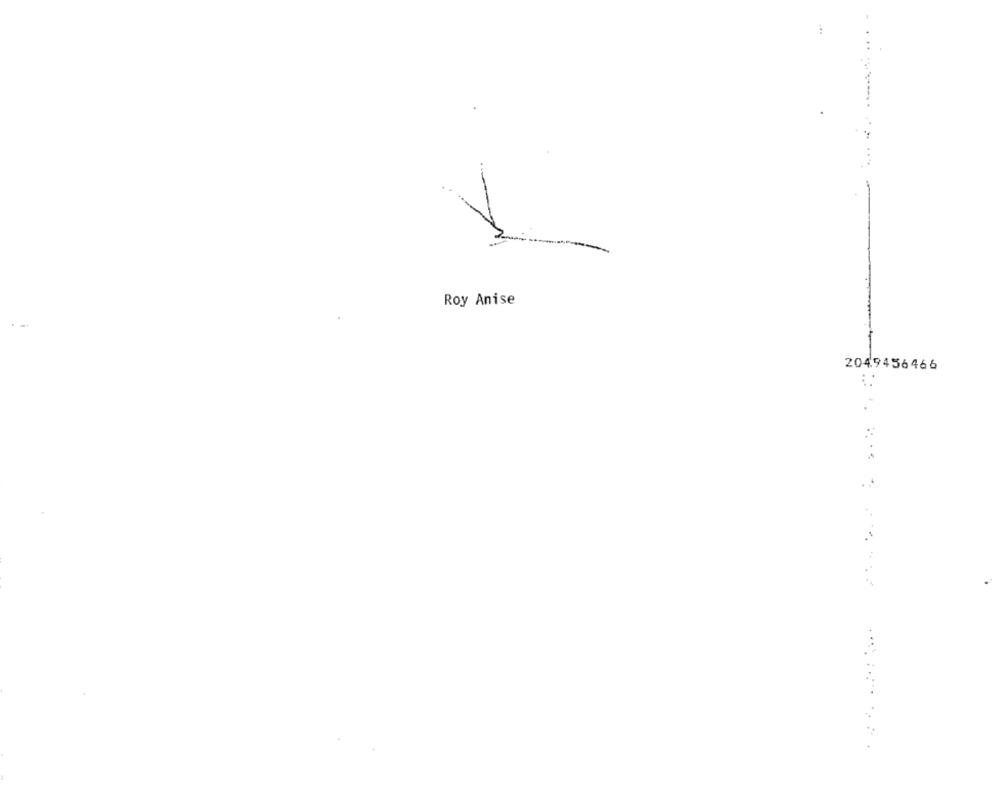
:
Roy Anise
2049456466